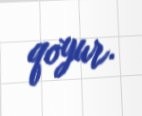
qoyur.